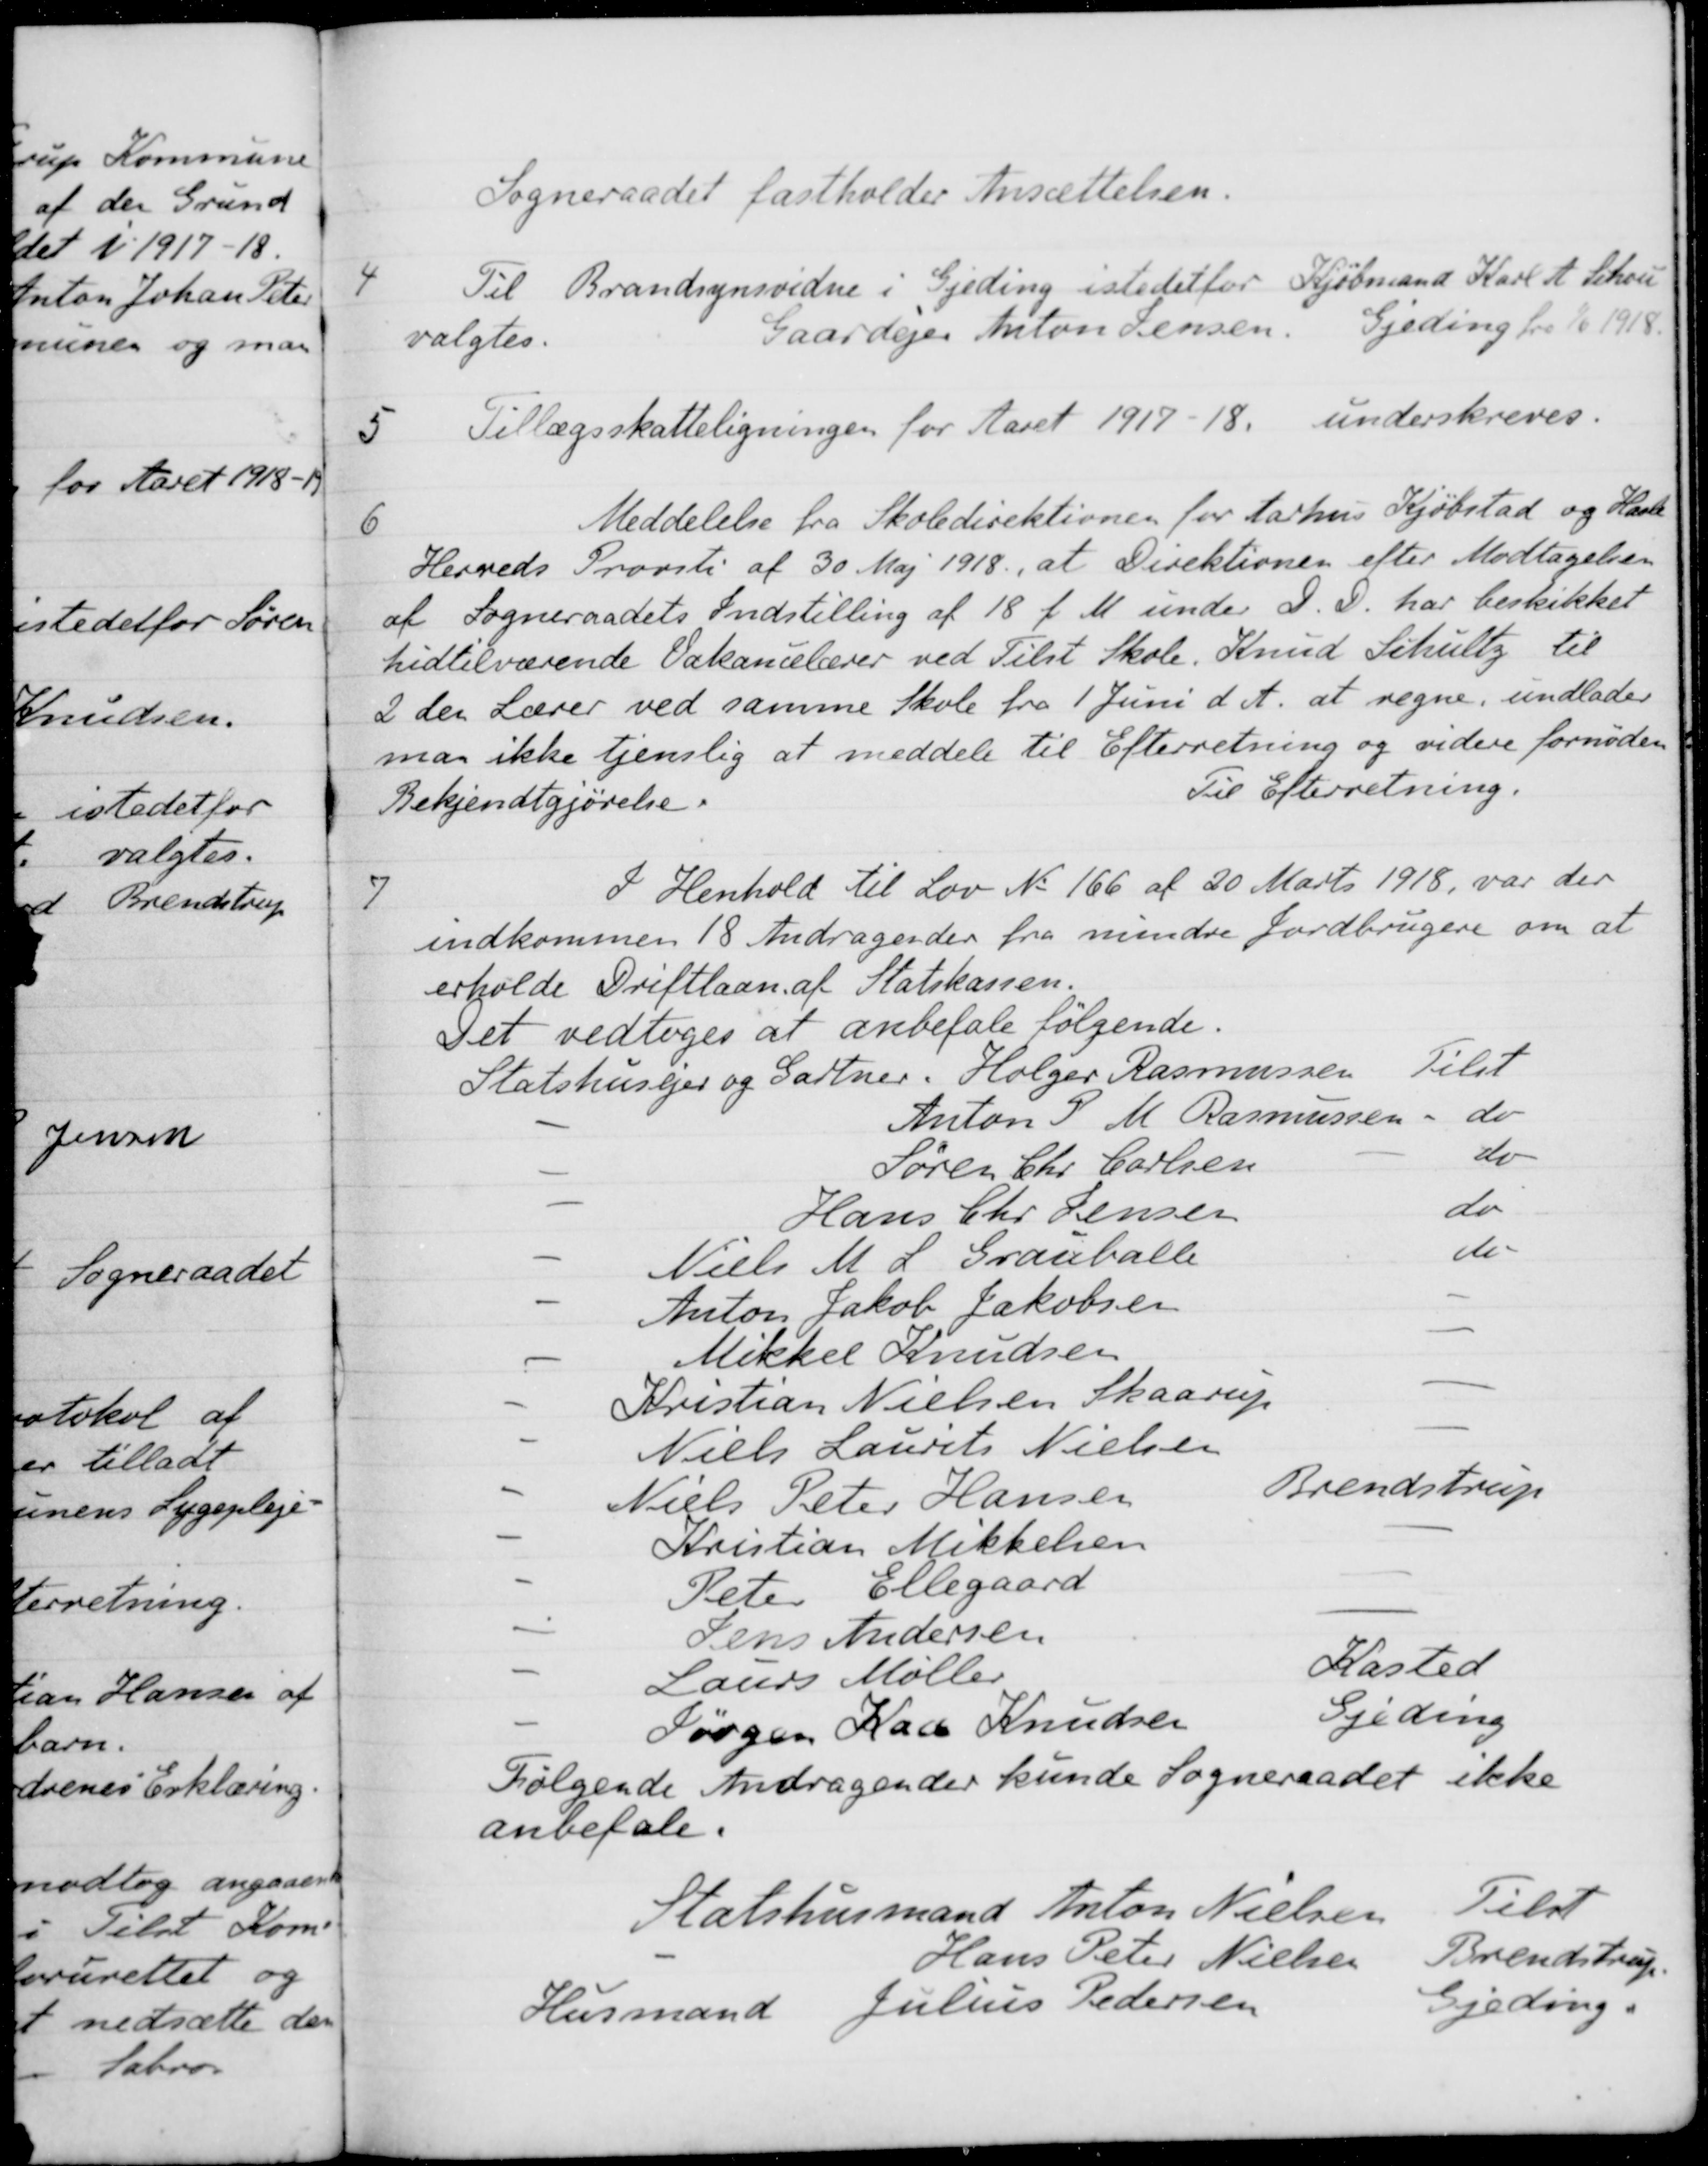
Transskription:
Sogneraadet fastholder Ansættelsen.
4
Til Brandsynsvidne i Gjeding istedetfor Kjøbmand Karl A. Schou
valgtes.
Gaardejer Anton Jensen. Gjeding fra 1/6 1918.
5
Tillægsskatteligningen for Aaret 1917-18. underskreves.
6
Meddelelse fra Skoledirektionen for Aarhus Kjøbstad og Hasle
Herreds Provsti af 30 Maj 1918, at Direktionen efter Modtagelsen
af Sogneraadets Indstilling af 18 f. M. under D. D. har beskikket
hidtilværende Vakancelærer ved Tilst Skole, Knud Schultz til
2 den Lærer ved samme Skole fra 1 Juni d. A. at regne, undlader
man ikke tjenslig at meddele til Efterretning og videre fornøden
Bekjendtgjørelse.
Til Efterretning.
7
I Henhold til Lov No 166 af 20 Marts 1918, var der
indkommen 18 Andragender fra mindre Jordbrugere om at
erholde Driftlaan af Statskassen.
Det vedtoges at anbefale følgende.
Statshusejer og Gartner. Holger Rasmussen
Tilst
Anton P. M. Rasmussen
do
Søren Chr. Carlsen
do
Hans Chr Jensen
do
Niels M. L. Grauballe
do
Anton Jakob Jakobsen
Mikkel Knudsen
Kristian Nielsen Skaarup
Niels Laurits Nielsen
Niels Peter Hansen
Brendstrup
Kristian Mikkelsen
Peter Ellegaard
Jens Andersen
Laurs Møller
Kasted
Jørgen Kaa Knudsen
Gjeding
Følgende Andragender kunde Sogneraadet ikke
anbefale.
Statshusmand Anton Nielsen
Tilst
Hans Peter Nielsen
Brendstrup.
Husmand
Julius Pedersen
Gjeding.